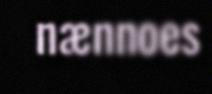
nænnoes